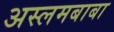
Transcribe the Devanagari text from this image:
अस्लमबाबा